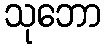
သုဘော